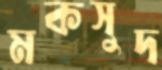
মকসুদ